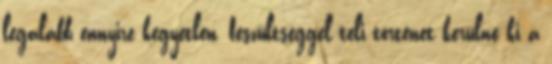
legalább ennyire kegyetlen, feszültséggel teli történet kerülne ki a